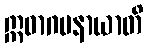
ဣဓာဂမနာယာတိ